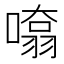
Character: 𭊨